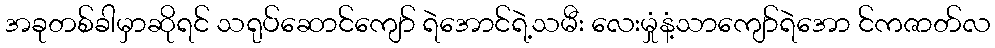
အခုတစ်ခါမှာဆိုရင် သရုပ်ဆောင်ကျော် ရဲအောင်ရဲ့သမီး လေးမှုံနံ့သာကျော်ရဲအော င်ကဇာတ်လ